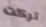
تركت